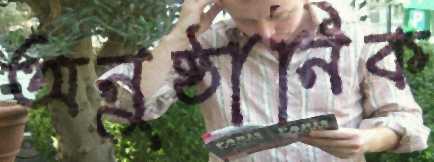
অনুষ্ঠানিক